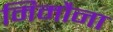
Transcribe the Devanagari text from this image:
मिमौना